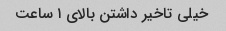
خیلی تاخیر داشتن بالای ۱ ساعت